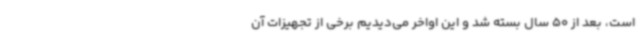
است، بعد از 50 سال بسته شد و این اواخر می‌دیدیم برخی از تجهیزات آن